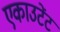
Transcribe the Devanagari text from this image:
एकाउटेंट